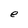
Character: e